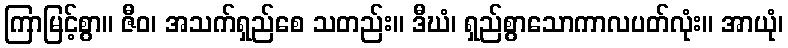
ကြာမြင့်စွာ။ ဇီဝ၊ အသက်ရှည်စေ သတည်း။ ဒီဃံ၊ ရှည်စွာသောကာလပတ်လုံး။ အာယုံ၊